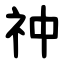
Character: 祌